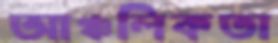
আঞ্চলিকতা